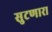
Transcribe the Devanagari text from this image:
सुटणारा